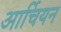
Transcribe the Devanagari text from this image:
आर्चियन